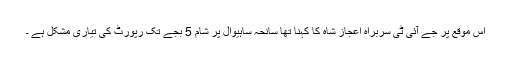
اس موقع پر جے آئی ٹی سربراہ اعجاز شاہ کا کہنا تھا سانحہ ساہیوال پر شام 5 بجے تک رپورٹ کی تیاری مشکل ہے ۔